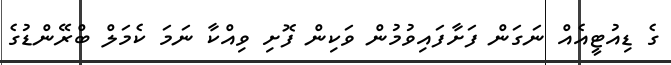
ގެ ޑިއުޓީއެއް ނަގަން ފަށާފައިވުމުން ވަކިން ފޮށި ވިއްކާ ނަމަ ކެމަލް ބްރޭންޑުގެ